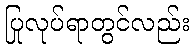
ပြုလုပ်ရာတွင်လည်း